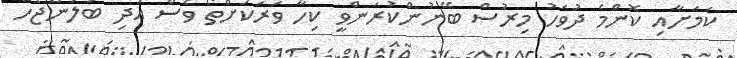
ކަމަށާއި ކޮންމެ ދުވަހު މިރުސް ބޭނުންކުރަންވީ ކިހާ ވަރަކަށްތޯ ވެސް އަދި ބަލަންޖެހޭ